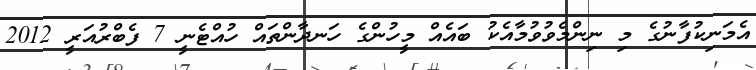
އެމަނިކުފާނުގެ މި ނިންމެވުވުމާއެކު ބައެއް މީހުންގެ ހަނދާންތައް ހުއްޓެނީ 7 ފެބްރުއަރީ 2012